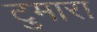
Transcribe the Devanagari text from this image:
टुमारा